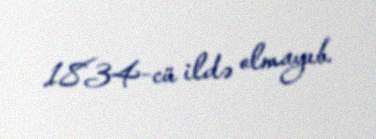
1834-cü ildə olmayıb.